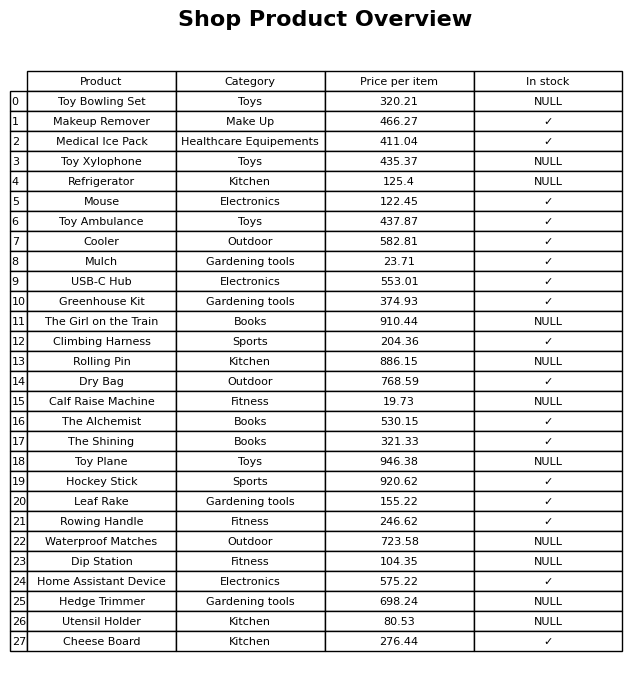
question: What is the price of the Calf Raise Machine?
answer: The price of Calf Raise Machine is 19.73.